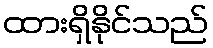
ထားရှိနိုင်သည်